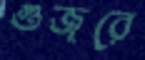
গুজরে